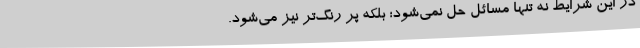
در این شرایط نه تنها مسائل حل نمی‌شود؛ بلکه پر رنگ‌تر نیز می‌شود.